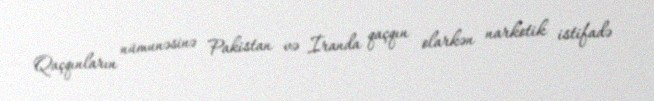
Qaçqınların nümunəsinə Pakistan və İranda qaçqın olarkən narkotik istifadə